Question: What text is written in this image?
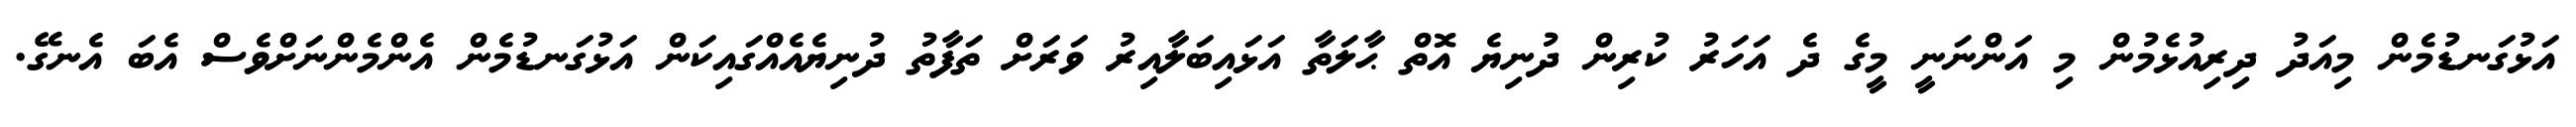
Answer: އަޅުގަނޑުމެން މިއަދު ދިރިއުޅެމުން މި އަންނަނީ މީގެ ދެ އަހަރު ކުރިން ދުނިޔެ އޮތް ޙާލަތާ އަޅައިބަލާއިރު ވަރަށް ތަފާތު ދުނިޔެއެއްގައިކަން އަޅުގަނޑުމެން އެންމެންނަށްވެސް އެބަ އެނގޭ.